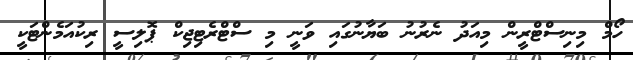
ހޯމް މިނިސްޓްރީން މިއަދު ނެރުނު ބަޔާނުގައި ވަނީ މި ސްޓްރެޓިޖިކް ޕޮލިސީ ރިކުއަމެންޓަކީ